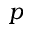
p